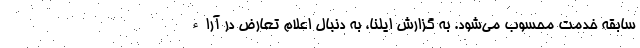
سابقه خدمت محسوب می‌شود. به گزارش ایلنا، به دنبال اعلام تعارض در آراء